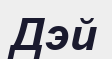
Дэй